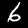
Digit: 6